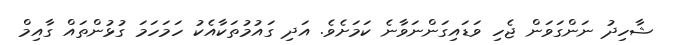
ޝާހިދު ނަންގަވަން ޖެހި ވަޑައިގަންނަވާނެ ކަމަށެވެ. އަދި ގައުމުތަކާއެކު ހަމަހަމަ ގުޅުންތައް ގާއިމް